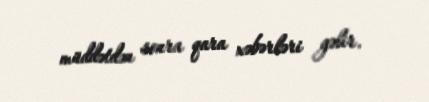
müddətdən sonra qara xəbərləri gəlir.